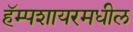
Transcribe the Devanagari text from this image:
हॅम्पशायरमधील